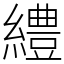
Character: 䌡